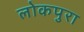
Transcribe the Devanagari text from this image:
लोकपुरा